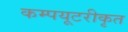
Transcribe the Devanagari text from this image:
कम्‍पयूटरीकृत